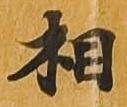
相